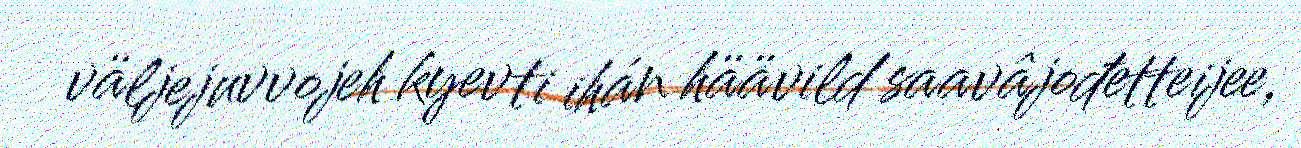
väljejuvvojeh kyevti ihán häävild saavâjođetteijee,